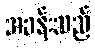
အခန်းသည်